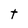
Character: t